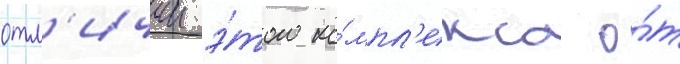
отл'ичии э́того ко́мпл'екса о́т